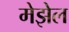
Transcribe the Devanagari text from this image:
मेझेल